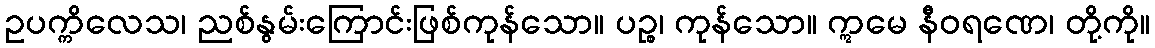
ဥပက္ကိလေသ၊ ညစ်နွမ်းကြောင်းဖြစ်ကုန်သော။ ပဉ္စ၊ ကုန်သော။ ဣမေ နီဝရဏေ၊ တို့ကို။